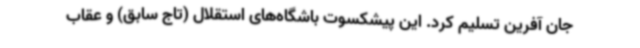
جان آفرین تسلیم کرد. این پیشکسوت باشگاه‌های استقلال (تاج سابق) و عقاب